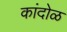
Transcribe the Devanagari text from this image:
कांदोळ